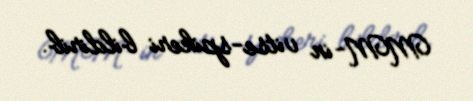
MM-in vitse-spikeri bildirib.